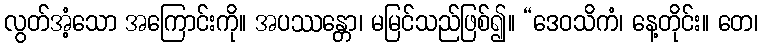
လွတ်အံ့သော အကြောင်းကို။ အပဿန္တော၊ မမြင်သည်ဖြစ်၍။ “ဒေဝသိကံ၊ နေ့တိုင်း။ တေ၊